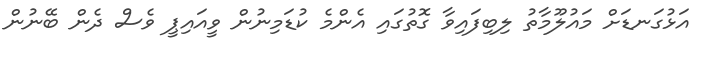
އަޅުގަނޑަށް މައުލޫމާތު ލިބިފައިވާ ގޮތުގައި އެންމެ ކުޑަމިނުން ވީއައިޕީ ވެސް ދެން ބޭނުން